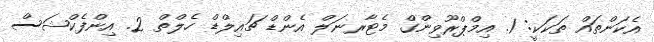
އެކަންތައް ތަކަކީ: 1. އިމްޕްރޫވިންގް މެޓާރނަލް އެންޑް ޗައިލްޑް ހެލްތް 2. އިންފެކްޝަސް